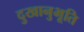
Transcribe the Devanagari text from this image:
दुखानुभूति